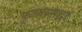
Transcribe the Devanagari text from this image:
फूच्यानाचा